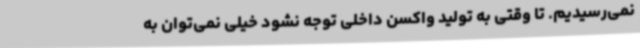
نمی‌رسیدیم. تا وقتی به تولید واکسن داخلی توجه نشود خیلی نمی‌توان به